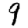
Digit: 9